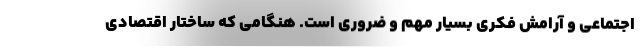
اجتماعی و آرامش فکری بسیار مهم و ضروری است. هنگامی که ساختار اقتصادی